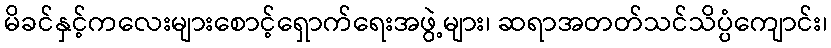
မိခင်နှင့်ကလေးများစောင့်ရှောက်ရေးအဖွဲ့များ၊ ဆရာအတတ်သင်သိပ္ပံကျောင်း၊